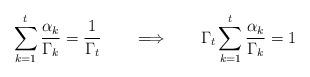
LaTeX: \begin{align*}\sum_{k=1}^{t} \frac{\alpha_k}{\Gamma_k} = \frac{1}{\Gamma_t}~~~~~\implies~~~~~\Gamma_t \sum_{k=1}^t \frac{\alpha_k}{\Gamma_k} = 1\end{align*}